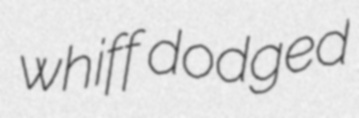
whiff dodged